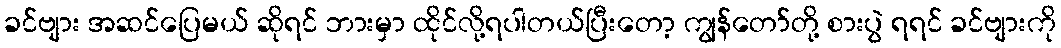
ခင်ဗျား အဆင်ပြေမယ် ဆိုရင် ဘားမှာ ထိုင်လို့ရပါတယ်ပြီးတော့ ကျွန်တော်တို့ စားပွဲ ရရင် ခင်ဗျားကို